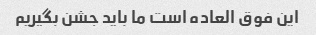
این فوق العاده است ما باید جشن بگیریم